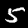
Label: 5